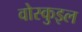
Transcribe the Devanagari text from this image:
वोस्कुइल